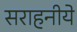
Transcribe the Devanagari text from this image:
सराहनीये